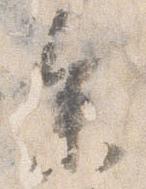
参